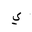
Letter: _ya